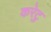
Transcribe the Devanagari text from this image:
करेटु